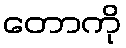
တောကို